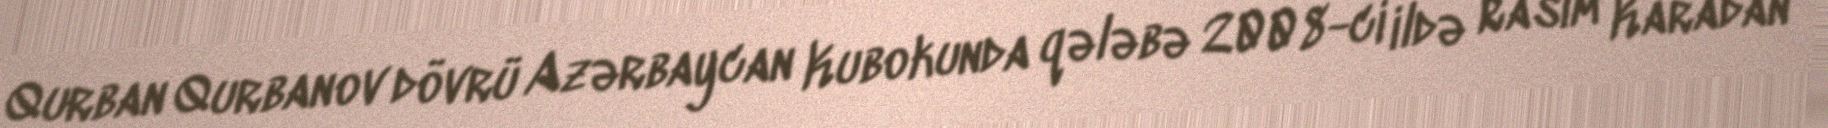
Qurban Qurbanov dövrü Azərbaycan Kubokunda qələbə 2008-ci ildə Rasim Karadan